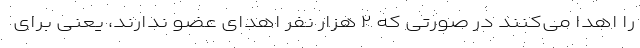
را اهدا می‌کنند در صورتی که ۲ هزار نفر اهدای عضو ندارند، یعنی برای